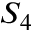
S _ { 4 }